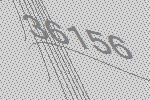
36156